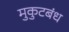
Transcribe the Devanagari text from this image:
मुकुटबंध